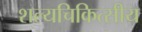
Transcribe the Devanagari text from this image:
शल्यचिकित्सीय